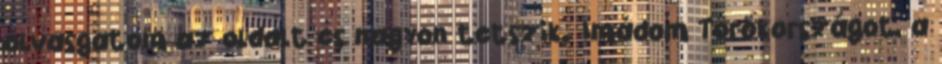
olvasgatom az oldalt és nagyon tetszik. Imádom Törökországot, a